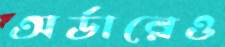
অর্ডারেও